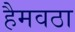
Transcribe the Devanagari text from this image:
हैमवठा